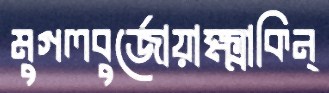
মুগলবুর্জোয়াক্ষ্মাকিন্